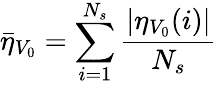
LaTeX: \bar{\eta}_{V_{0}}=\sum_{i=1}^{N_{s}}\frac{|\eta_{V_{0}}(i)|}{N_{s}}